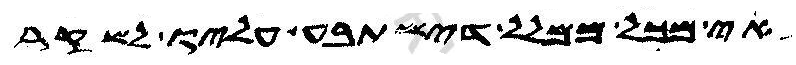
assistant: אי מכל ממלל דישתבע עליו לשקר